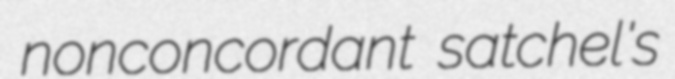
nonconcordant satchel's